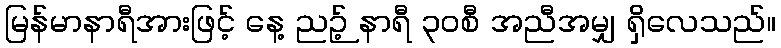
မြန်မာနာရီအားဖြင့် နေ့ ညဉ့် နာရီ ၃၀စီ အညီအမျှ ရှိလေသည်။